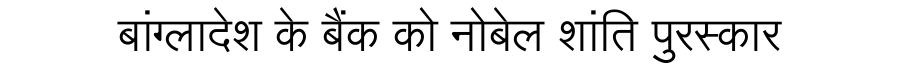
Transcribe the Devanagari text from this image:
बांग्लादेश के बैंक को नोबेल शांति पुरस्कार